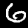
Label: 6